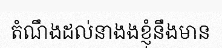
តំណឹងដល់នាងងខ្ញុំនឹងមាន